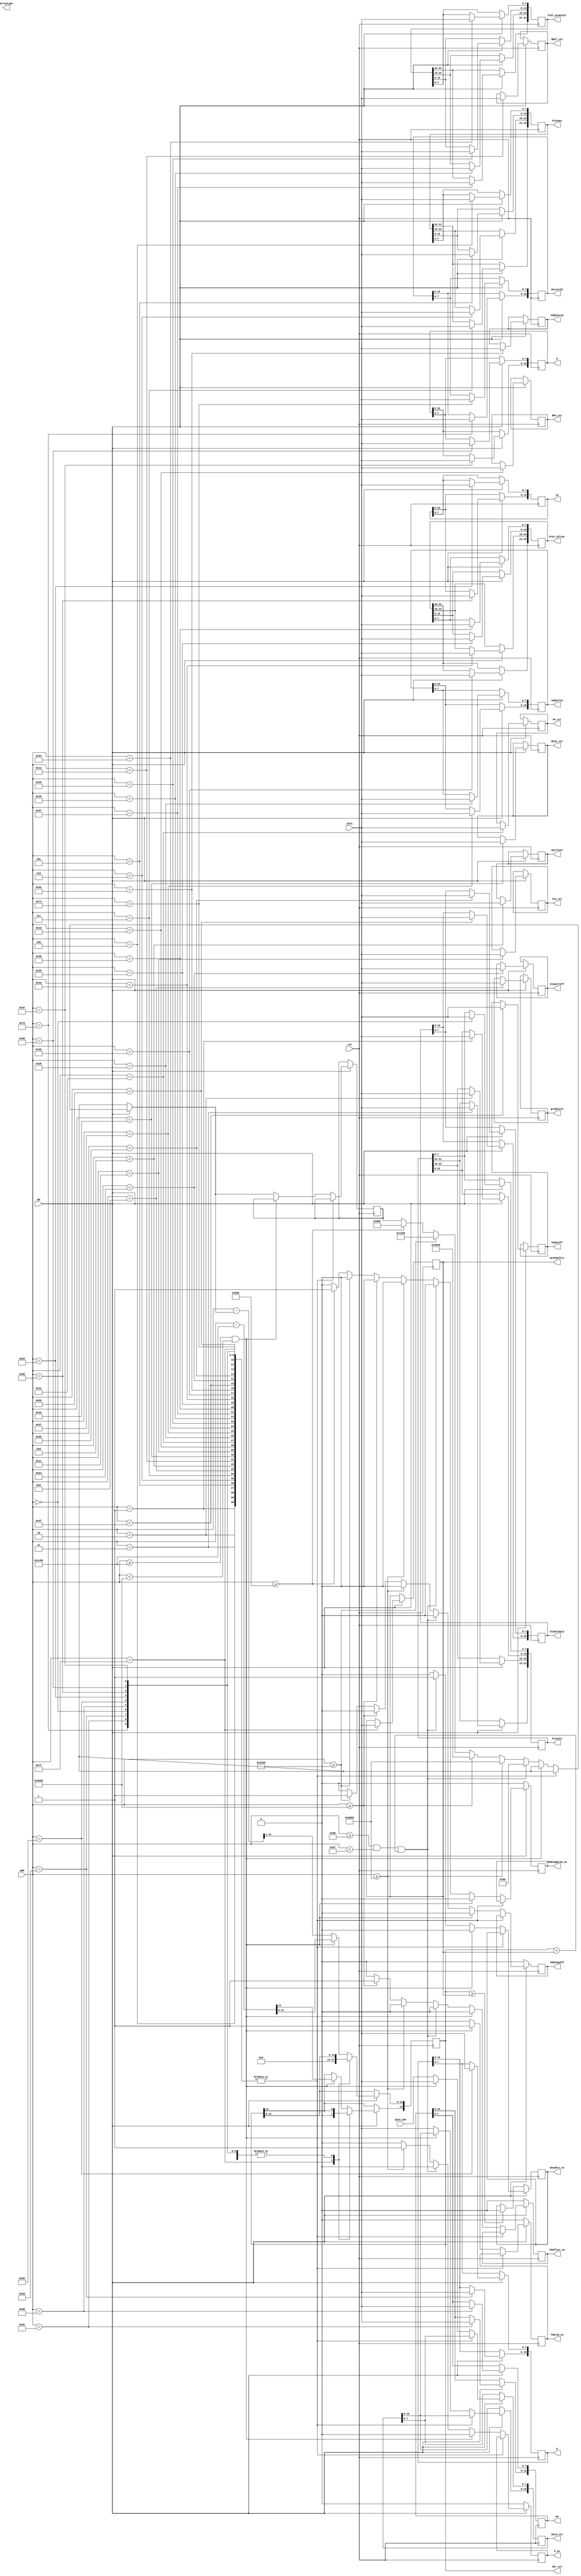
module CAL_DATA(
	input wire clk,
	input wire EN,
	input wire [7:0] DATA,
	input wire [7:0] DATA_DFF,
	input wire [14:0] ADR,
	
	output reg [31:0] PixCmin,
	output reg [31:0] PixCmax,
	output reg [7:0] gradScale,
	output reg [7:0] epsilone,
	output reg [7:0] MBIT_cal,
	output reg [7:0] BIAS_cal,
	output reg [7:0] CLK_cal,
	output reg [7:0] BPA_cal,
	output reg [7:0] PU_cal,
	output reg [7:0] Arraytype,
	output reg [15:0] VddCalib,
	output reg [31:0] PTAT_gradient,
	output reg [31:0] PTAT_offset,
	output reg [7:0] VddScGrad,
	output reg [7:0] VddScOff,
	output reg [7:0] GloballOff,
	output reg [15:0] GlobalGain,
	output reg [15:0] DeviceID,
	output reg [7:0] NrOfDefPix,
	output reg [14:0] Adr_cal = 0,
	output reg [15:0] Data_cal,
	output reg ThGrad_en,
	output reg ThOffset_en,
	output reg P_en,
	output reg VddCompGrad_en,
	output reg VddCompOff,
	output reg DeadPix_en,
	output reg [15:0] XO = 294,
	output reg [15:0] W = 1406,
	output reg [15:0] YO = 0,
	output reg [15:0] H = 1080
	);

reg [14:0] adr_temp = 15'h0000;
reg [14:0] shift = 15'h0000;
	
always @(posedge clk) begin
if (EN==1) begin	
	case(ADR)
		//   EEPROM        
		15'h0000: PixCmin[7:0] <= DATA;
		15'h0001: PixCmin[15:8] <= DATA;
		15'h0002: PixCmin[23:16] <= DATA;
		15'h0003: PixCmin[31:24] <= DATA;
		15'h0004: PixCmax[7:0] <= DATA;
		15'h0005: PixCmax[15:8] <= DATA;
		15'h0006: PixCmax[23:16] <= DATA;
		15'h0007: PixCmax[31:24] <= DATA;
		15'h0008: gradScale <= DATA;
		15'h000D: epsilone <= DATA;
		15'h001A: MBIT_cal <= DATA;
		15'h001B: BIAS_cal <= DATA;
		15'h001C: CLK_cal <= DATA;
		15'h001D: BPA_cal <= DATA;
		15'h001E: PU_cal <= DATA;
		15'h0026: VddCalib[7:0] <= DATA;
		15'h0027: VddCalib[15:8] <= DATA;
		15'h0034: PTAT_gradient[7:0] <= DATA;
		15'h0035: PTAT_gradient[15:8] <= DATA;
		15'h0036: PTAT_gradient[23:16] <= DATA;
		15'h0037: PTAT_gradient[31:24] <= DATA;
		15'h0038: PTAT_offset[7:0] <= DATA;
		15'h0039: PTAT_offset[15:8] <= DATA;
		15'h003A: PTAT_offset[23:16] <= DATA;
		15'h003B: PTAT_offset[31:24] <= DATA;
		15'h004E: VddScGrad <= DATA;
		15'h004F: VddScOff <= DATA;
		15'h0054: GloballOff <= DATA;
		15'h0055: GlobalGain[7:0] <= DATA;
		15'h0056: GlobalGain[15:8] <= DATA;
		15'h0074: DeviceID [7:0] <= DATA;
		15'h0075: DeviceID [15:8] <= DATA;
		15'h007F: begin NrOfDefPix <= DATA; Adr_cal<=0;end
		15'h00D0: XO[7:0] <= DATA;
		15'h00D1: XO[15:8] <= DATA;
		15'h00D2: W [7:0] <= DATA;
		15'h00D3: W [15:8] <= DATA;
		15'h00D4: YO[7:0] <= DATA;
		15'h00D5: YO[15:8] <= DATA;
		15'h00D6: H [7:0] <= DATA;
		15'h00D7: H [15:8] <= DATA;
		default: begin //       
			if ((ADR>=15'h1C00)&&(ADR<15'h3000)) begin
				ThGrad_en <=1;
				ThOffset_en <=0;
				P_en <= 0;
				VddCompGrad_en <= 0;
				VddCompOff <= 0;
				DeadPix_en <=0;
				Adr_cal <= ADR - 15'h1C00;
				Data_cal[7:0] <= DATA;
			end
			else begin
				ThGrad_en <=0;
				//  
				if ((ADR >= 15'h0080)&&(ADR < 15'h00AF)&&(Adr_cal < NrOfDefPix)) begin
					ThOffset_en <=0;
					P_en <= 0;
					VddCompGrad_en <= 0;
					VddCompOff <= 0;
					DeadPix_en <=1;
					shift = 15'h0080;
				end
				// (i,j)
				else if (ADR>=15'h5800) begin
					ThOffset_en <=0;
					P_en <= 1;
					VddCompGrad_en <= 0;
					VddCompOff <= 0;
					DeadPix_en <=0;
					shift = 15'h5800;
				end
				else if (ADR>=15'h3000) begin
					ThOffset_en <=1;
					P_en <= 0;
					VddCompGrad_en <= 0;
					VddCompOff <= 0;
					DeadPix_en <=0;
					shift = 15'h3000;
				end
				else if (ADR>=15'h1200) begin
					ThOffset_en <=0;
					P_en <= 0;
					VddCompGrad_en <= 0;
					VddCompOff <= 1;
					DeadPix_en <=0;
					shift = 15'h1200;
				end
				else if (ADR>=15'h0800) begin
					ThOffset_en <=0;
					P_en <= 0;
					VddCompGrad_en <= 1;
					VddCompOff <= 0;
					DeadPix_en <=0;
					shift = 15'h0800;
				end			
				else begin
					ThOffset_en <=0;
					P_en <= 0;
					VddCompGrad_en <= 0;
					VddCompOff <= 0;
					DeadPix_en <=0;
				end;
				adr_temp = ADR - shift;
				Adr_cal[13:0] <= adr_temp[14:1];
				Data_cal[15:8] <= DATA;
				Data_cal[7:0] <= DATA_DFF;
			end
		end
	endcase;
end
else begin
	ThGrad_en <=0;
	ThOffset_en <=0;
	P_en <= 0;
	VddCompGrad_en <= 0;
	VddCompOff <= 0;
if (Adr_cal >= NrOfDefPix)
	DeadPix_en<=0;
end
end
endmodule